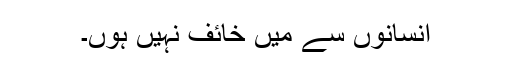
انسانوں سے میں خائف نہیں ہوں۔